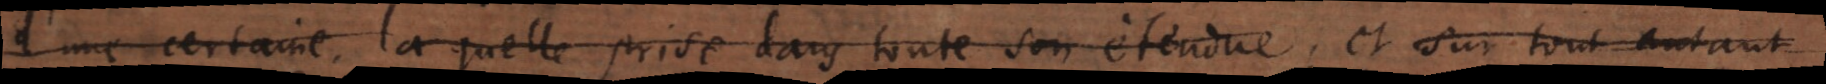
d’une certaine, laquelle prise dans toute son étendue; et sur tout autant